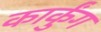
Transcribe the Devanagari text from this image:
कार्कुंग